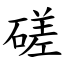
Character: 磋